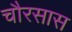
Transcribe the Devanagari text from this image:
चौरसास